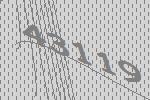
43119